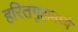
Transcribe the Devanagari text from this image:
हरितगृहामध्ये